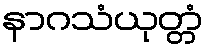
နာဂသံယုတ္တံ